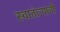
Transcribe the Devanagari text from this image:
स्वातंत्ऱ्याची